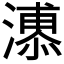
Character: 𱩊